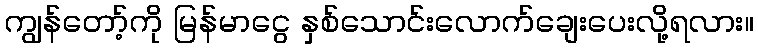
ကျွန်တော့်ကို မြန်မာငွေ နှစ်သောင်းလောက်ချေးပေးလို့ရလား။